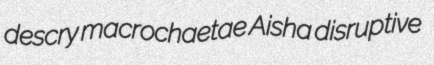
descry macrochaetae Aisha disruptive